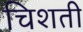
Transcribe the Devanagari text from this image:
चिशती